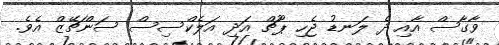
ވާގާސް އާއި ދެ ލަނޑު ޖެހި ޕޫޗް އަދި އަލެކްސިސް ސަންޗޭޒް އެވެ.